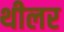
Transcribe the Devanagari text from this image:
थीलर